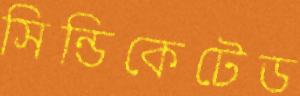
সিন্ডিকেটেড